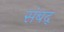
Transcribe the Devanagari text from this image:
संबद्